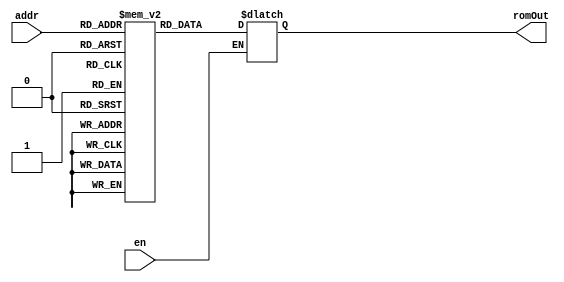
module ROM(addr, en, romOut);

input [5:0] addr;
reg[31:0] ROM[63:0];
output reg [31:0] romOut;
input en;

	always @(*) begin
	
		if (en) begin

			romOut <= ROM[addr];
			
		end

	end

endmodule